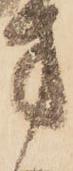
方